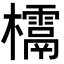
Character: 𣠌